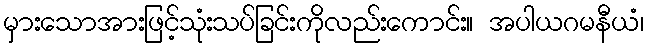
မှားသောအားဖြင့်သုံးသပ်ခြင်းကိုလည်းကောင်း။ အပါယဂမနီယံ၊